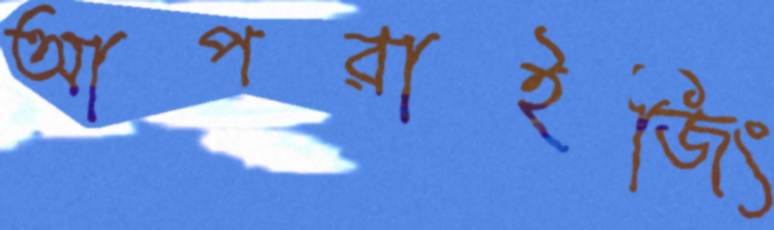
আপরাইজিং